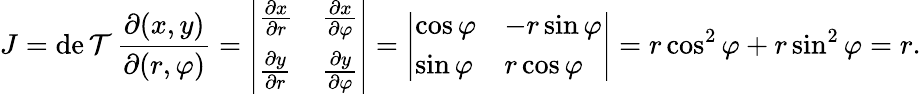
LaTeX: J=\operatorname*{de\mathcal{T}}{\frac{{\partial(x,y)}}{{\partial(r,\varphi)}}}={\left|\begin{array}{ll}{{\frac{\partial x}{\partial r}}}&{{\frac{\partial x}{\partial\varphi}}}\\ {{\frac{\partial y}{\partial r}}}&{{\frac{\partial y}{\partial\varphi}}}\end{array}\right|}={\left|\begin{array}{ll}{\cos\varphi}&{-r\sin\varphi}\\ {\sin\varphi}&{r\cos\varphi}\end{array}\right|}=r\cos^{2}\varphi+r\sin^{2}\varphi=r.